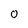
Character: 0